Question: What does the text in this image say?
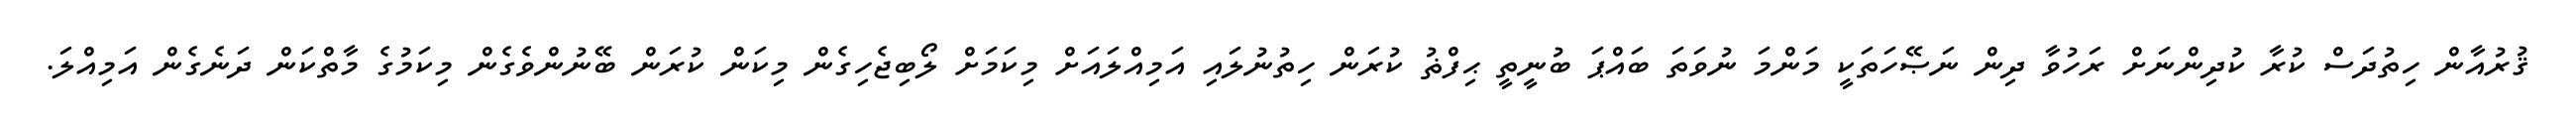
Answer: ޤުރުއާން ހިތުދަސް ކުރާ ކުދިންނަށް ރަހުވާ ދިން ނަޞޭހަތަކީ މަންމަ ނުވަތަ ބައްޕަ ބުނީތީ ޙިފްޡު ކުރަން ހިތުނުލައި އަމިއްލައަށް މިކަމަށް ލޯބިޖެހިގެން މިކަން ކުރަން ބޭނުންވެގެން މިކަމުގެ މާތްކަން ދަނެގެން އަމިއްލަ.